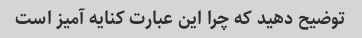
توضیح دهید که چرا این عبارت کنایه آمیز است